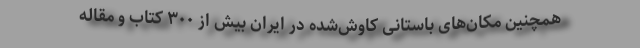
همچنین مکان‌های باستانی کاوش‌شده در ایران بیش از ۳۰۰ کتاب و مقاله